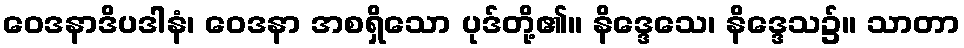
ဝေဒနာဒိပဒါနံ၊ ဝေဒနာ အစရှိသော ပုဒ်တို့၏။ နိဒ္ဒေသေ၊ နိဒ္ဒေသ၌။ သာတာ